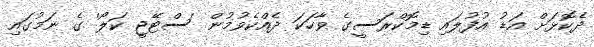
ދެކޮޅަށް އަޑު އުފުލައި ޑިމޮކްރަސީގެ ވާހަކަ ދެއްކެވުމުން 'ސްޓޭޖީ ކަލޯ' ގެ ނަމުގައި